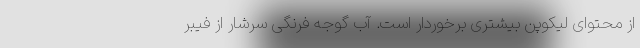
از محتوای لیکوپن بیشتری برخوردار است. آب گوجه فرنگی سرشار از فیبر